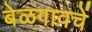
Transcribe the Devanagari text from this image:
बेळगावचें